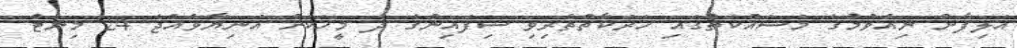
އަލިފާން ނިއްވުމުގެ މަސައްކަތުގައި ހަރަކާތްތެރިވި ސިފައިންގެ ދެ މީހަކަށް އަނިޔާވެއްޖެ 24 މިނެޓް